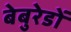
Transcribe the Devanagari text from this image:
बेबुरेडों